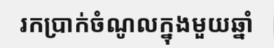
រកប្រាក់ចំណូលក្នុងមួយឆ្នាំ